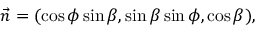
\vec { n } = ( \cos \phi \sin \beta , \sin \beta \sin \phi , \cos \beta ) ,